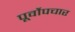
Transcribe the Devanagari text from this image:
पूर्वोपचार